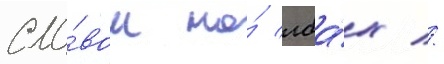
сло́вом на́ лба́х //